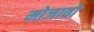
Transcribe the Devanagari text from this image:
मोजावो